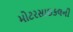
મોટરસાઇકલની